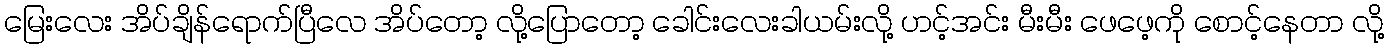
မြေးလေး အိပ်ချိန်ရောက်ပြီလေ အိပ်တော့ လို့ပြောတော့ ခေါင်းလေးခါယမ်းလို့ ဟင့်အင်း မီးမီး ဖေဖေ့ကို စောင့်နေတာ လို့